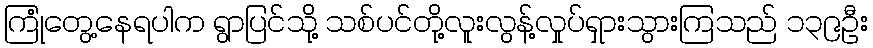
ကြုံတွေ့နေရပါက ရွာပြင်သို့ သစ်ပင်တို့လူးလွန့်လှုပ်ရှားသွားကြသည် ၁၃၉ဦး